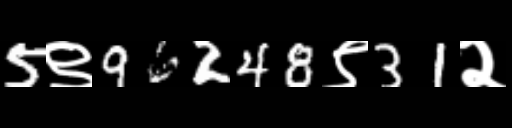
Text: 5९96248९31२